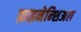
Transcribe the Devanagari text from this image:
फ़ाइनेन्शिअल